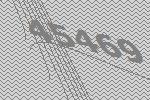
45469